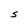
Character: S